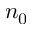
n _ { 0 }